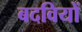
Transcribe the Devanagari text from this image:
बदवियों